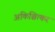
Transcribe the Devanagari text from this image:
अकिञ्चित्कर